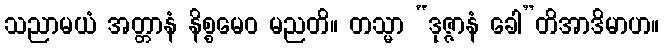
သညာမယံ အတ္တာနံ နိစ္စမေဝ မညတိ။ တသ္မာ “ဒုဇ္ဇာနံ ခေါ”တိအာဒိမာဟ။